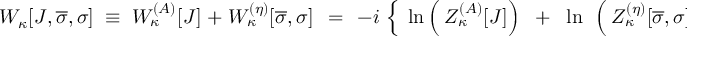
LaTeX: W _ { \kappa } [ { \cal J } , \overline { { { \sigma } } } , \sigma ] \; \equiv \; W _ { \kappa } ^ { ( { \cal A } ) } [ { \cal J } ] \; + \; W _ { \kappa } ^ { ( \eta ) } [ \overline { { { \sigma } } } , \sigma ] \; \, = \; \, - i \, \left\{ \frac { } { } \ln \left( \frac { } { } Z _ { \kappa } ^ { ( { \cal A } ) } [ { \cal J } ] \right) \; \; + \; \; \ln \; \, \left( \frac { } { } Z _ { \kappa } ^ { ( \eta ) } [ \overline { { { \sigma } } } , \sigma ] \right) \right\} \; .